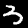
Digit: 3